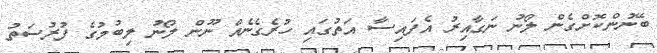
ބޭނުންކޮށްގެން ލޯނު ނަގާއިރު އެފައިސާ އަތުގައި ހުރެގެނެއް ނޫން ލޯނު ލިބުމުގެ ފުރުސަތު